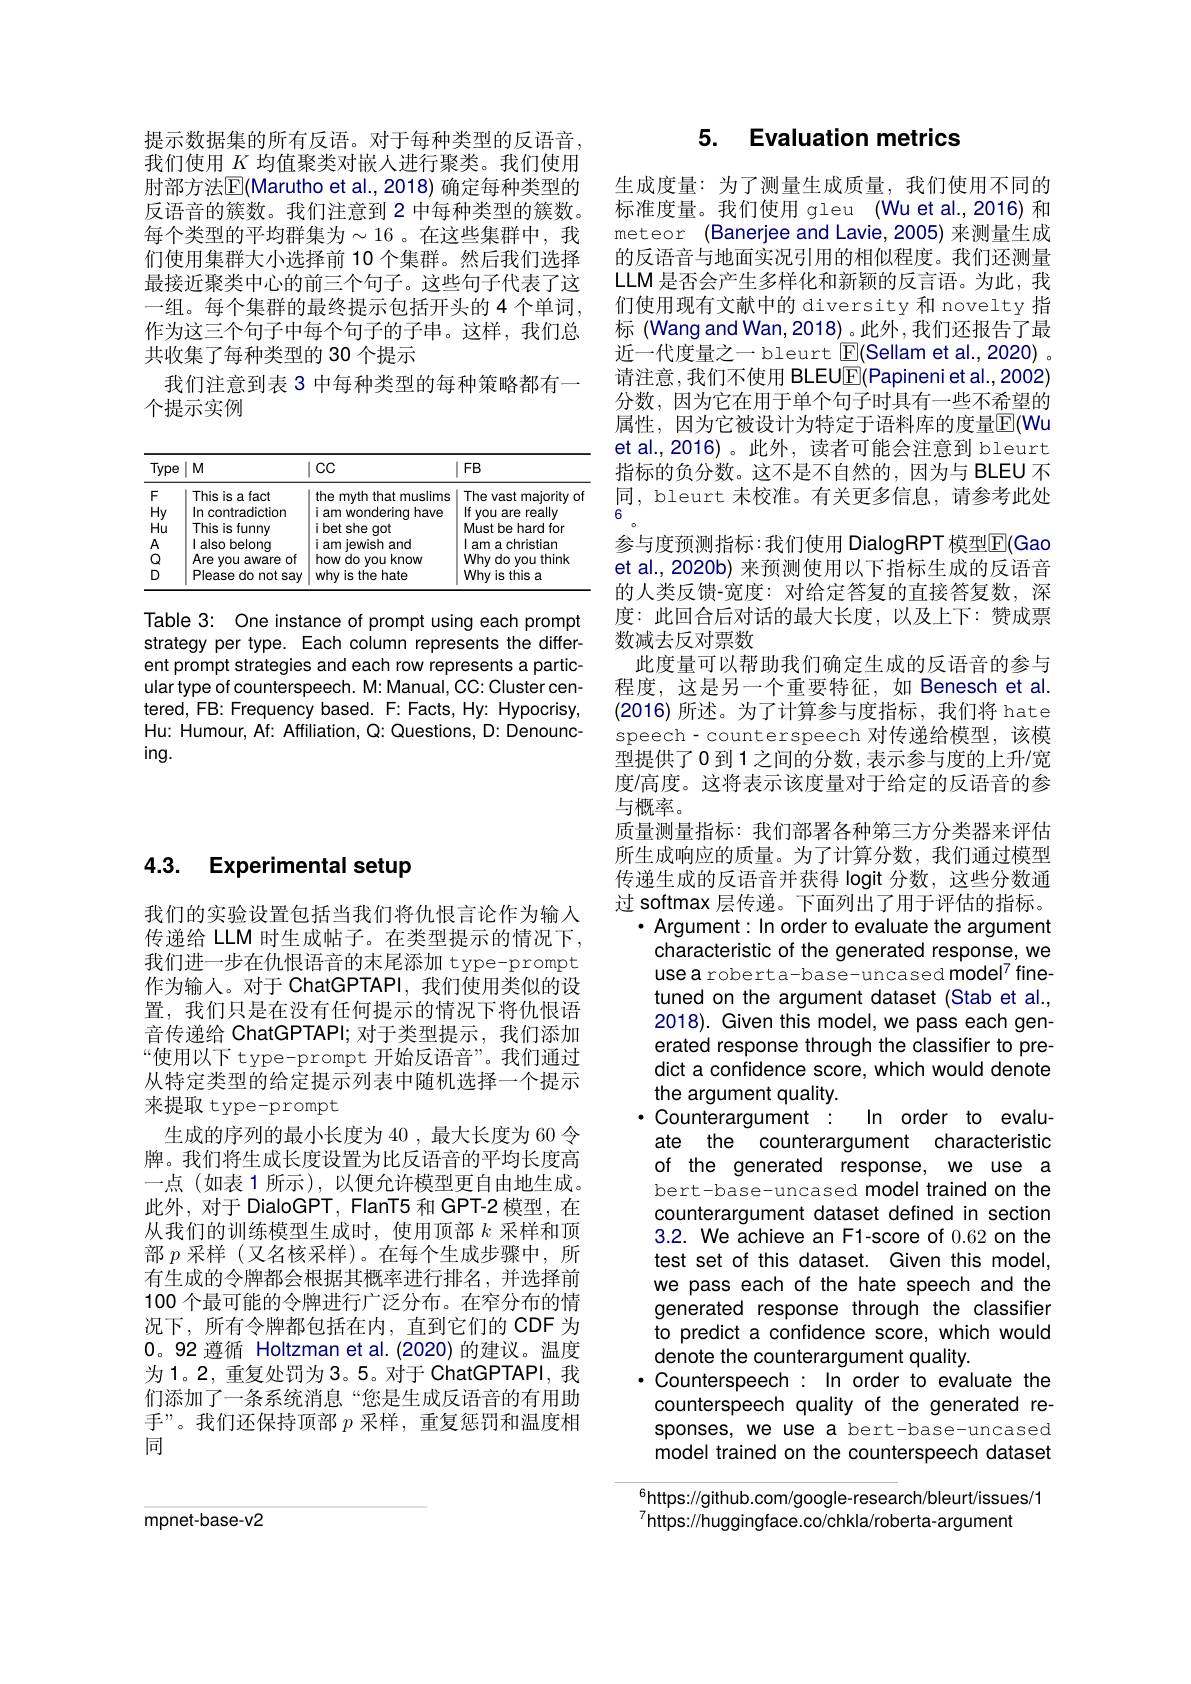
提示数据集的所有反语。对于每种类型的反语音， 我们使用$K$均值聚类对嵌人进行聚类。我们使用肘部方法$\boxed{\mathrm{F}}($Marutho et al., 2018) 确定每种类型的反语音的簇数。我们注意到 2 中每种类型的簇数。每个类型的平均群集为$\sim16$ 。在这些集群中，我们使用集群大小选择前 10 个集群。然后我们选择最接近聚类中心的前三个句子。这些句子代表了这一组。每个集群的最终提示包括开头的4个单词， 作为这三个句子中每个句子的子串。这样，我们总共收集了每种类型的 30 个提示
我们注意到表 3 中每种类型的每种策略都有一
个提示实例

<table>
	<tbody>
		<tr>
			<th>Type</th>
			<th>$M$</th>
			<th>$CC$</th>
			<th>$FB$</th>
		</tr>
		<tr>
			<th>$F$</th>
			<th>This is a fact</th>
			<th>the myth that muslims</th>
			<th>The vast majority of</th>
		</tr>
		<tr>
			<td>$Hy$</td>
			<td>In contradiction</td>
			<td>iamu wondering have</td>
			<td>If you are really</td>
		</tr>
		<tr>
			<td>Hu</td>
			<td>This is funny</td>
			<td>ibet she qot</td>
			<td>Must be hard for</td>
		</tr>
		<tr>
			<td>$A$</td>
			<td>l also belong</td>
			<td>iam l iewish and</td>
			<td>am a christian</td>
		</tr>
		<tr>
			<td>$Q$</td>
			<td>Are you a aware of 1</td>
			<td>how do vou Lknow</td>
			<td>Why do you think</td>
		</tr>
		<tr>
			<td>D</td>
			<td>Please do not say 11</td>
			<td>why is the hate</td>
			<td>Why is this a</td>
		</tr>
	</tbody>
</table>

Table 3: One instance of prompt using each prompt strategy per type. Each column represents the different prompt strategies and each row represents a particular type of counterspeech. M: Manual, CC: Cluster centered, FB: Frequency based. F: Facts, Hy: Hypocrisy, Hu: Humour, Af: Affiliation, Q: Questions, D: Denounc- $ing.$

# 4.3. Experimental setup

我们的实验设置包括当我们将仇恨言论作为输入传递给 LLM 时生成帖子。在类型提示的情况下， 我们进一步在仇恨语音的末尾添加 type-prompt 作为输人。对于 ChatGPTAPI, 我们使用类似的设置，我们只是在没有任何提示的情况下将仇恨语音传递给 ChatGPTAPI; 对于类型提示，我们添加“使用以下 type-prompt 开始反语音”。我们通过从特定类型的给定提示列表中随机选择一个提示来提取 type-prompt
生成的序列的最小长度为 40 ,最大长度为 60 令牌。我们将生成长度设置为比反语音的平均长度高一点(如表1所示),以便允许模型更自由地生成。此外，对于 DialoGPT, FlanT5 和 GPT-2 模型，在从我们的训练模型生成时，使用顶部$k$采样和顶部$p$采样(又名核采样)。在每个生成步骤中，所有生成的令牌都会根据其概率进行排名，并选择前100 个最可能的令牌进行广泛分布。在窄分布的情况下，所有令牌都包括在内，直到它们的 CDF 为0。92 遵循 Holtzman et al.(2020) 的建议。温度为1。2,重复处罚为3。5。对于 ChatGPTAPI,我们添加了一条系统消息“您是生成反语音的有用助手”。我们还保持顶部$p$采样，重复惩罚和温度相同

## 5. Evaluation metrics

生成度量：为了测量生成质量，我们使用不同的标准度量。我们使用 gleu (Wu et al.,2016) 和meteor (Banerjee and Lavie, 2005) 来测量生成的反语音与地面实况引用的相似程度。我们还测量LLM 是否会产生多样化和新颖的反言语。为此，我们使用现有文献中的 diversity 和 novelty 指标 (Wang and Wan, 2018)。此外 ,我们还报告了最近一代度量之一 bleurt $\boxed{\mathrm{F}}($Sellam et al., 2020) 。请注意，我们不使用 BLEUE(Papineni et al.,2002) 分数，因为它在用于单个句子时具有一些不希望的属性，因为它被设计为特定于语料库的度量$\mathbb{E}($Wu et al.,2016)。此外，读者可能会注意到 bleurt 指标的负分数。这不是不自然的，因为与 BLEU 不同，bleurt 未校准。有关更多信息，请参考此处6
参与度预测指标：我们使用 DialogRPT 模型$\mathbb{E}(Gao$ et al., 2020b) 来预测使用以下指标生成的反语音的人类反馈-宽度：对给定答复的直接答复数，深度：此回合后对话的最大长度，以及上下：赞成票数减去反对票数
此度量可以帮助我们确定生成的反语音的参与程度，这是另一个重要特征，如 Benesch et al. (2016)所述。为了计算参与度指标，我们将 hate speech- counterspeech 对传递给模型，该模型提供了0 到 1 之间的分数，表示参与度的上升/宽度/高度。这将表示该度量对于给定的反语音的参与概率。
质量测量指标：我们部署各种第三方分类器来评估所生成响应的质量。为了计算分数，我们通过模型传递生成的反语音并获得 logit 分数，这些分数通过 softmax 层传递。下面列出了用于评估的指标。
$\cdot$ Argument: In order to evaluate the argument
characteristic of the generated response, we usea roberta-base-uncased model$^{7}$ finetuned on the argument dataset (Stab et al., 2018). Given this model, we pass each generated response through the classifier to predict a confidence score, which would denote the argument quality.
In order to evalu-
$\cdot$ Counterargument:
ate the counterargument characteristic of the generated response, we use a bert-base-uncased model trained on the counterargument dataset defined in section 3.2. We achieve an F1-score of 0.62 on the test set of this dataset. Given this model, we pass each of the hate speech and the generated response through the classifier to predict a confidence score, which would denote the counterargument quality.
$\cdot$ Counterspeech: In order to evaluate the counterspeech quality of the generated responses, we use a bert-base-uncased model trained on the counterspeech dataset https://github.com/google-research/bleurt/issues/1

https://huggingface.co/chkla/roberta-argument

mpnet-base-v2